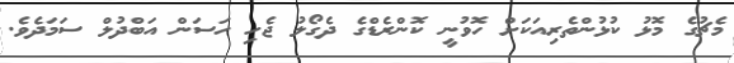
މެޗުގެ މޮޅު ކުޅުންތެރިއަކަށް ހޮވުނީ ކޮންރެޑްގެ ދެގޯލު ޖެހި ހަސަން އަބްދުލް ސަމަދެވެ.